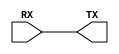
module top (
        input RX,
        output TX,
);

assign TX = RX;
endmodule